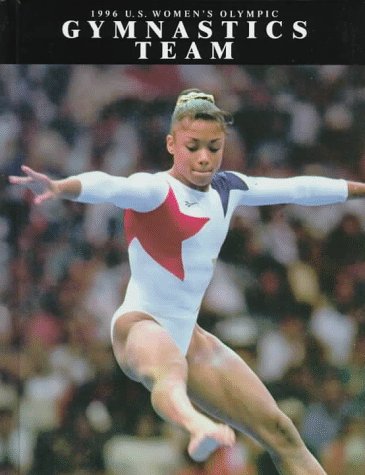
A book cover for The U.S. Women's Gymnastics Team (Sports Superstars (Rosen)); Richard Rambeck; Children's Books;